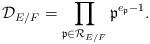
LaTeX: \begin{align*}\mathcal D_{E/F} = \prod_{\mathfrak p \in \mathcal R_{E/F}} \mathfrak p^{e_{\mathfrak p} - 1}.\end{align*}